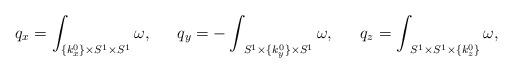
LaTeX: \begin{align*}q_x &= \int_{\{ k^0_x \} \times S^1 \times S^1} \omega, &q_y &= -\int_{\ S^1 \times \{ k^0_y \} \times S^1} \omega, &q_z &= \int_{\ S^1 \times S^1 \times \{ k^0_z \}} \omega,\end{align*}